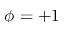
\phi = + 1